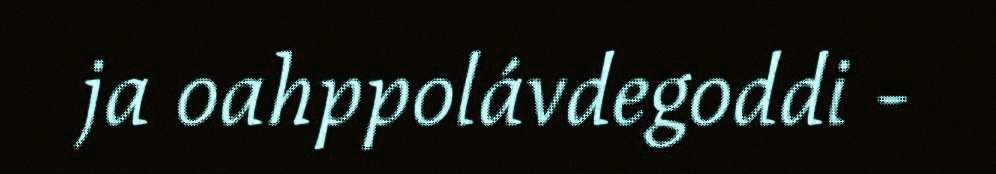
ja oahppolávdegoddi -